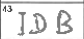
Transcription: IDB